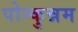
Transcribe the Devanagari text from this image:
पोन्कुन्नम